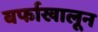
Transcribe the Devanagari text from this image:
बर्फाखालून